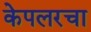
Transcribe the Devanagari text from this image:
केपलरचा